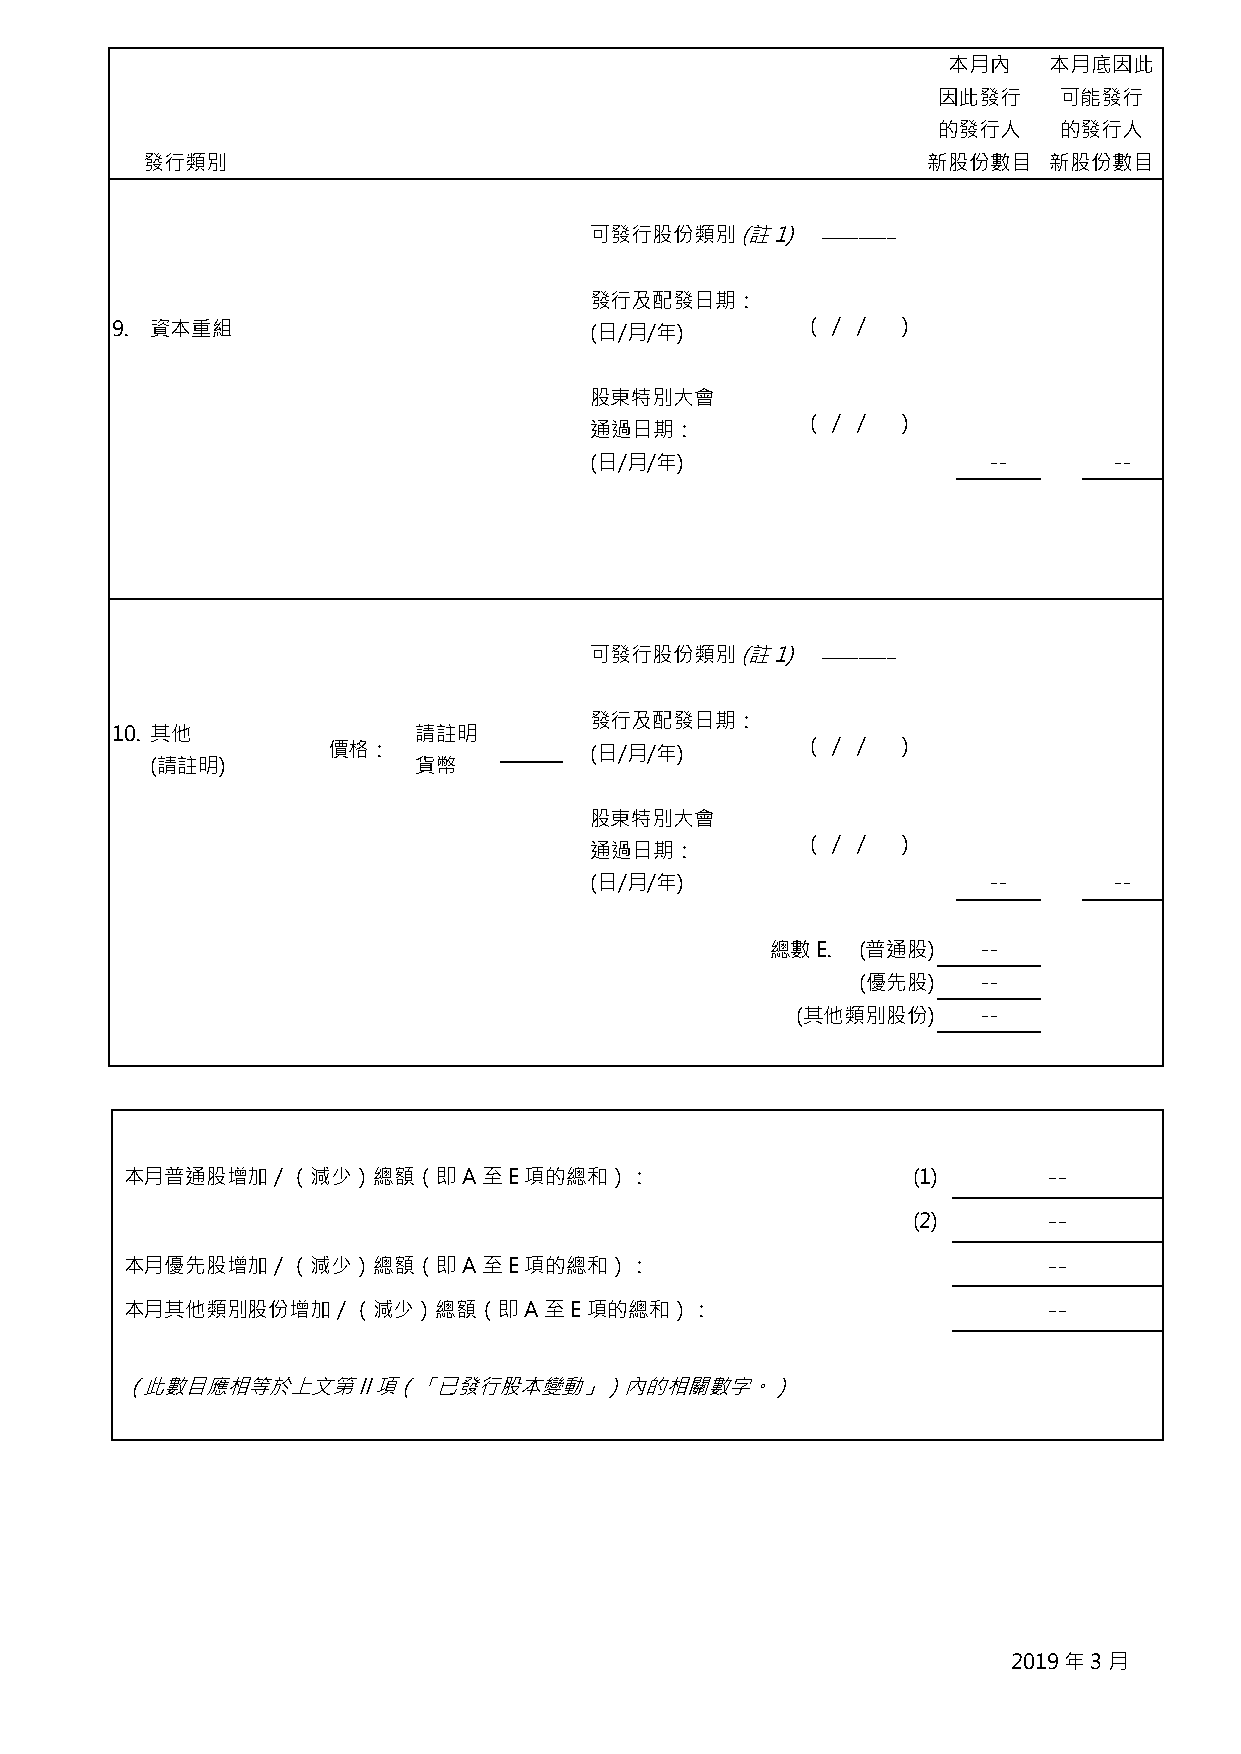
本月內   本月底因此
 因此發行    可能發行
 的發行人    的發行人
 發行類別                                                新股份數目   新股份數目
 可發行股份類別   (註1) ________
 發行及配發日期：
 9. 資本重組                         (日/月/年)        ( / / )
 股東特別大會
 ( / / )
 通過日期：
 (日/月/年)                   --       --
 可發行股份類別   (註1)
 ________
 發行及配發日期：
 10. 其他              請註明
 價格：              (日/月/年)        ( / / )
 (請註明)            貨幣
 股東特別大會
 ( / / )
 通過日期：
 (日/月/年)                   --       --
 總數E.  (普通股)   --
 (優先股)   --
 (其他類別股份)    --
 本月普通股增加／（減少）總額（即A至E項的總和）：                           (1)      --
 (2)      --
 本月優先股增加／（減少）總額（即A至E項的總和）：                                    --
 本月其他類別股份增加／（減少）總額（即A至E項的總和）：                                 --
 （此數目應相等於上文第II項（「已發行股本變動」）內的相關數字。）
 2019年3月